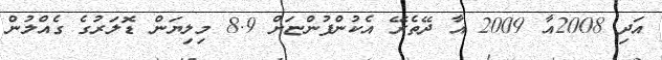
އަދި 2008އާ 2009 އާ ދޭތެރޭ އެކުންފުންޏަށް 8.9 މިލިޔަން ޑޮލަރުގެ ގެއްލުން